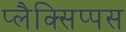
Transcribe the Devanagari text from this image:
प्लैक्सिप्पस